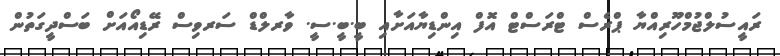
ރައީސުލްޖުމްހޫރިއްޔާ ޕްރެސް ޓްރަސްޓް އޮފް އިންޑިޔާއަށާއި ބީ.ބީ.ސީ. ވާރލްޑް ސަރވިސް ރޭޑިއޯއަށް ބަސްދީގަތުން